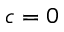
c = 0